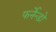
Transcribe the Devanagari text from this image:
फर्नेन्डो